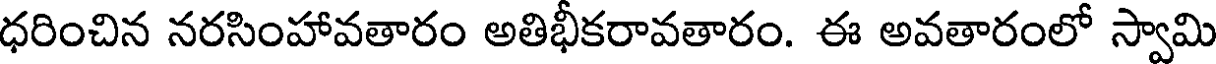
ధరించిన నరసింహావతారం అతిభీకరావతారం. ఈ అవతారంలో స్వామి